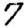
Digit: 7